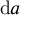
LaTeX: { \mathrm { d } } a